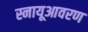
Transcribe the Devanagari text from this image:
स्नायूआवरण